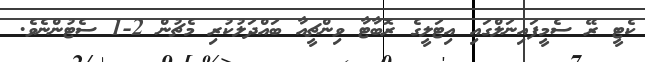
ކެޓީ ރޭ ސެމީފައިނަލްގައި އިޓަލީގެ ރޮބާޓާ ވިންޗީއާ ބައްދަލުކުރި މެޗުން 2-1 ސެޓުންނެވެ.